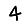
Digit: 4